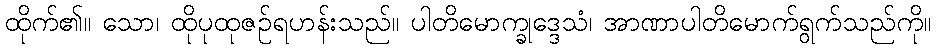
ထိုက်၏။ သော၊ ထိုပုထုဇဉ်ရဟန်းသည်။ ပါတိမောက္ခုဒ္ဒေသံ၊ အာဏာပါတိမောက်ရွက်သည်ကို။